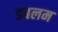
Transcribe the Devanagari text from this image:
डबलम